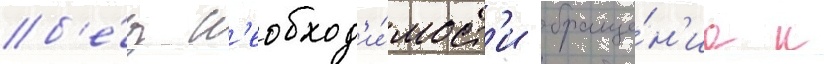
б'е́з н'еобход'и́мост'и обраще́н'иа к